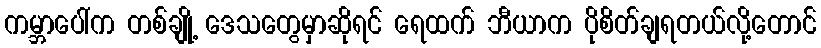
ကမ္ဘာပေါ်က တစ်ချို့ ဒေသတွေမှာဆိုရင် ရေထက် ဘီယာက ပိုစိတ်ချရတယ်လို့တောင်